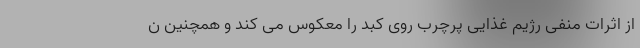
از اثرات منفی رژیم غذایی پرچرب روی کبد را معکوس می کند و همچنین ن